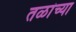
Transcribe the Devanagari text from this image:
तळांच्या